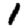
Digit: 1